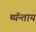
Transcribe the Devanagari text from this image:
थ्यॅन्ताय